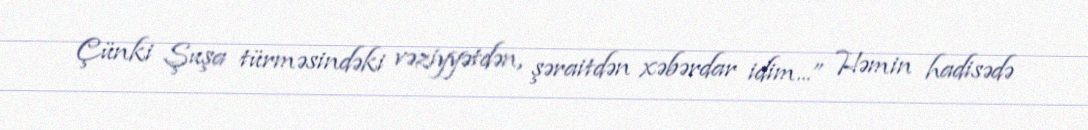
Çünki Şuşa türməsindəki vəziyyətdən, şəraitdən xəbərdar idim...” Həmin hadisədə